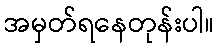
အမှတ်ရနေတုန်းပါ။